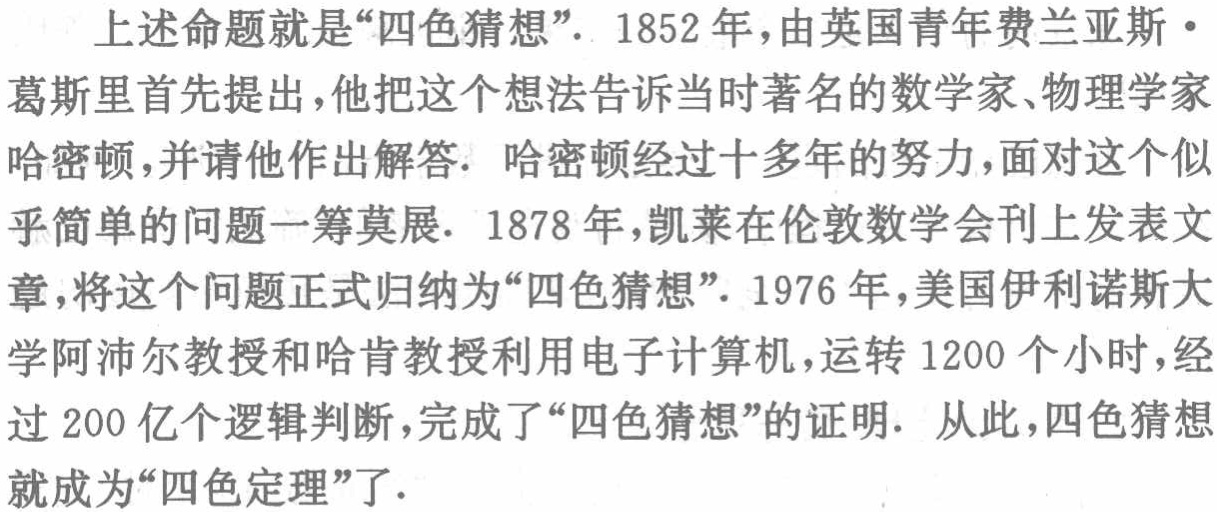
上述命题就是“四色猜想”．1852年，由英国青年费兰亚斯・葛斯里首先提出，他把这个想法告诉当时著名的数学家、物理学家哈密顿，并请他作出解答．哈密顿经过十多年的努力，面对这个似乎简单的问题一筹莫展．1878年，凯莱在伦敦数学会刊上发表文章，将这个问题正式归纳为“四色猜想”．1976年，美国伊利诺斯大学阿沛尔教授和哈肯教授利用电子计算机，运转1200个小时，经过200亿个逻辑判断，完成了“四色猜想”的证明．从此，四色猜想就成为“四色定理”了．